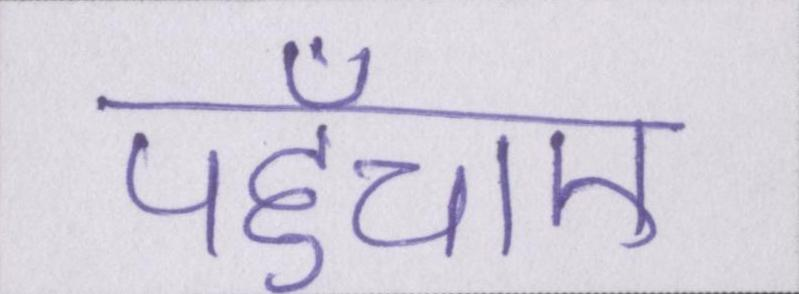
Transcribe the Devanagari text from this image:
पहुँचाए